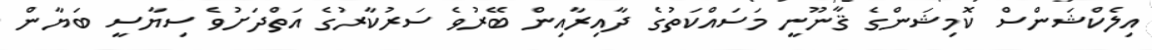
އިލެކްޝަންސް ކޮމިޝަންގެ ޤާނޫނީ މަސައްކަތުގެ ދާއިރާއިން ބޭރުވެ ސަރުކާރުގެ އަތްދަށުވެ ސިޔާސީ ބަޔާން